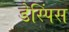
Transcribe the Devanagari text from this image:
डेस्पिंस